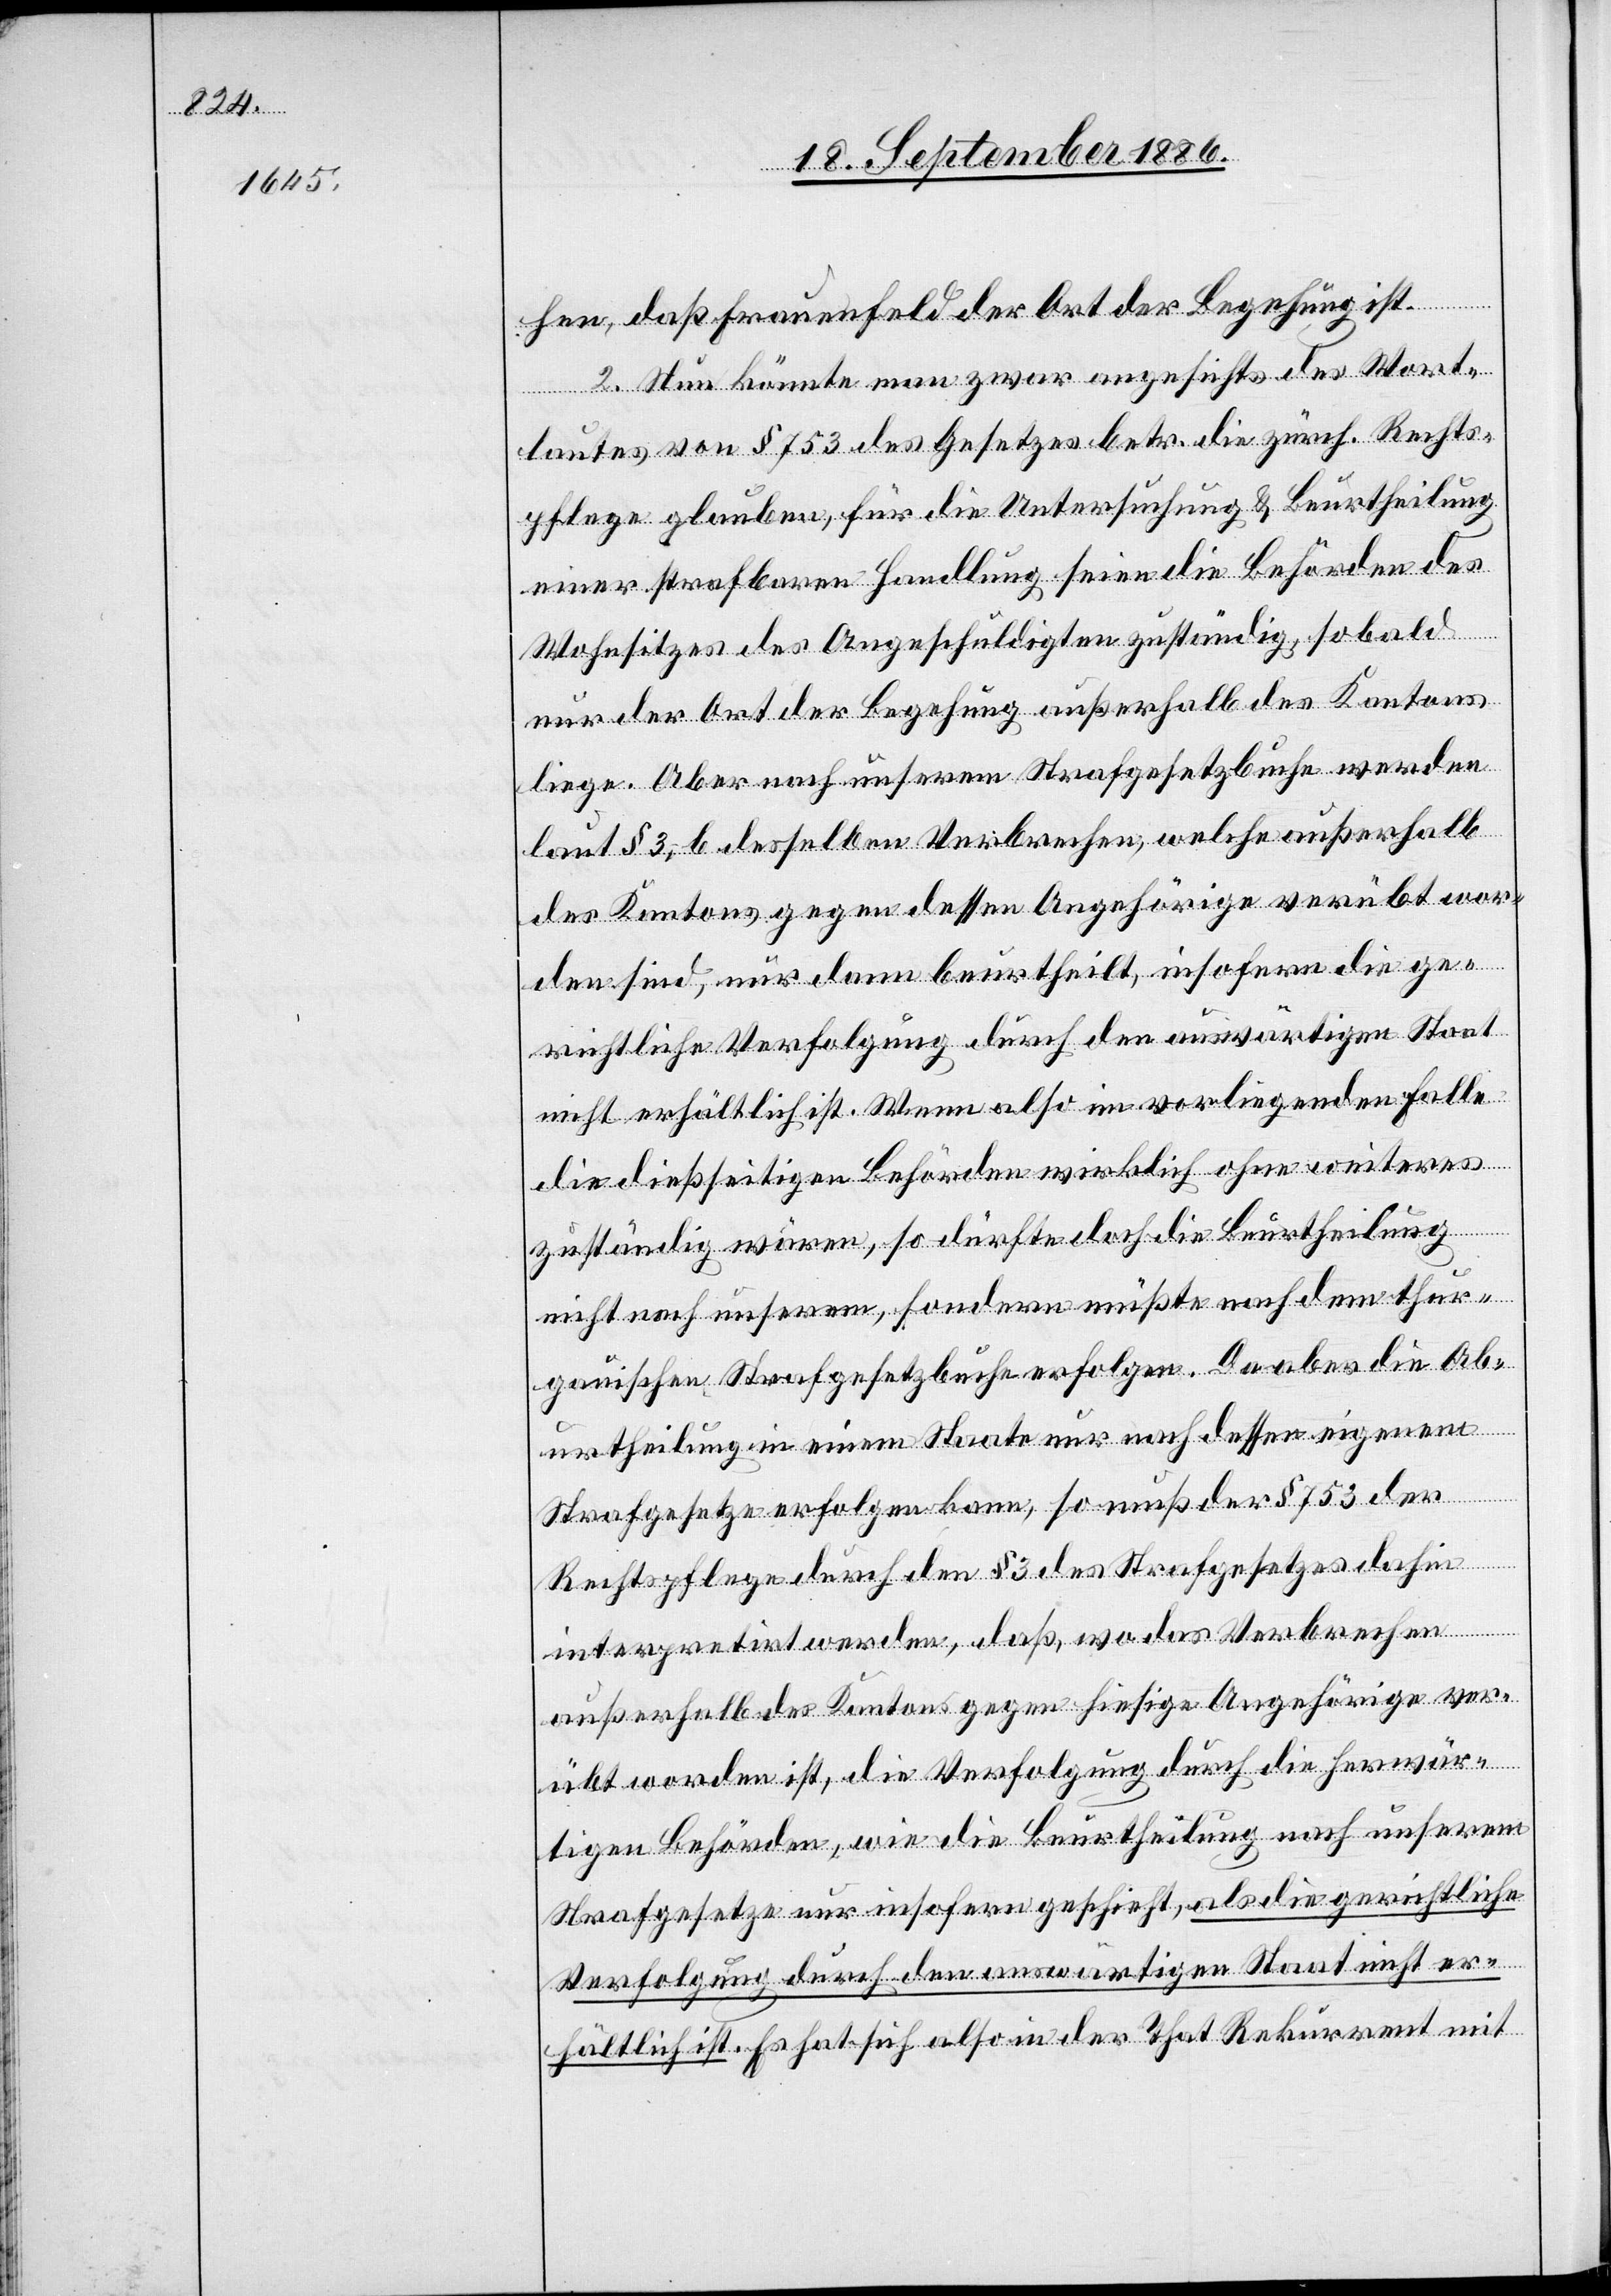
hen, daß Frauenfeld der Ort der Begehung ist.
2. Nun könnte man zwar angesichts des Wort¬
lautes von § 753 des Gesetzes betr. die zürch. Rechts¬
pflege glauben, für die Untersuchung & Beurtheilung
einer strafbaren Handlung seien die Behörden des
Wohnsitzes des Angeschuldigten zuständig, sobald
nur der Ort der Begehung außerhalb des Kantons
liege. Aber nach unserem Strafgesetzbuche werden
laut § 3, b desselben Verbrechen, welche außerhalb
des Kantons gegen dessen Angehörige verübt wor¬
den sind, nur dann beurtheilt, insofern die ge¬
richtliche Verfolgung durch den auswärtigen Staat
nicht erhältlich ist. Wenn also im vorliegenden Falle
die dießseitigen Behörden wirklich ohne weiteres
zuständig wären, so dürfte doch die Beurtheilung
nicht nach unserem, sondern müßte nach dem thur¬
gauischen Strafgesetzbuche erfolgen. Da aber die Ab¬
urtheilung in einem Staate nur nach dessen eigenem
Strafgesetze erfolgen kann, so muß der § 753 der
Rechtspflege durch den § 3 des Strafgesetzes dahin
interpretirt werden, daß, wo das Verbrechen
außerhalb des Kantons gegen hiesige Angehörige ver¬
übt worden ist, die Verfolgung durch die herwär¬
tigen Behörden, wie die Beurtheilung nach unserem
Strafgesetze nur insofern geschieht, als die gerichtliche
Verfolgung durch den auswärtigen Staat nicht er¬
hältlich ist. Es hat sich also in der That Rekurrent mit